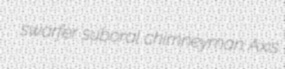
swarfer suboral chimneyman Axis